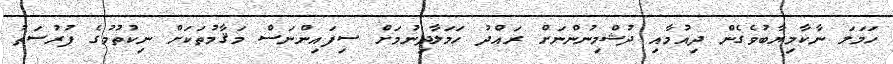
ހަމަލަ ނާކާމިޔާބުވެގެން ދިއުމާއި ދުޝްމިނުންނަށް ރައްދު ހަމަލާދިނުމަށް ސިފައިންނަސް މަޤާމުތަކަށް ނިކުތުމުގެ ފުރުސަތު